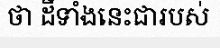
ថា ដីទាំងនេះជារបស់